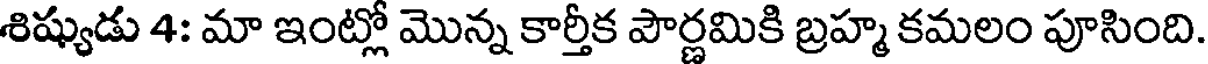
శిష్యుడు 4: మా ఇంట్లో మొన్న కార్తీక పౌర్ణమికి బ్రహ్మ కమలం పూసింది.